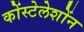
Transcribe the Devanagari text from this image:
कोंस्टेलेशोंन